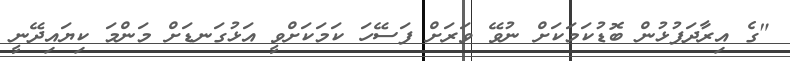
"ގެ އިރާދަފުޅުން ބޮޑުކަމަކަށް ނުވޭ ވަރަށް ފަސޭހަ ކަމަކަށްވީ އަޅުގަނޑަށް މަންމަ ކިޔައިދޭނީ